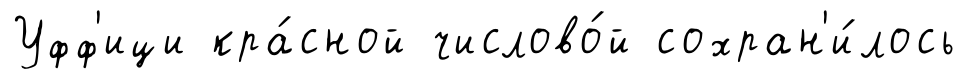
Уфф'ици кра́сной числово́й сохран'и́лось